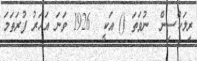
ރިލަކްސިން  ނުވަތަ () އަކީ  1926 ވަނަ އަހަރު ފުރަތަމަ